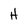
Character: H